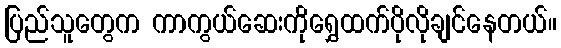
ပြည်သူတွေက ကာကွယ်ဆေးကိုရွှေထက်ပိုလိုချင်နေတယ်။